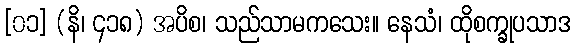
[၀၁] (နိ၊ ၄၁၈) အပိစ၊ သည်သာမကသေး။ နေသံ၊ ထိုစက္ခုပသာဒ